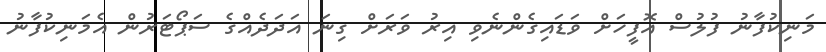
މަނިކުފާނު ފުލުސް އޮފީހަށް ވަޑައިގެންނެވި އިރު ވަރަށް ގިނަ އަދަދެއްގެ ސަޕޯޓަރުން އެމަނިކުފާނު